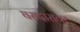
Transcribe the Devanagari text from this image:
घरादारावर